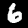
Label: 6